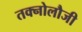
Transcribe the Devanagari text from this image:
तक्नोलौजी